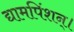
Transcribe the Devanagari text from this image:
द्यामपिंशन्।